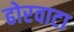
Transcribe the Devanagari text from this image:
ढोरवाटा